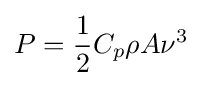
P={\frac {1}{2}}C_{p}\rho A\nu ^{3}